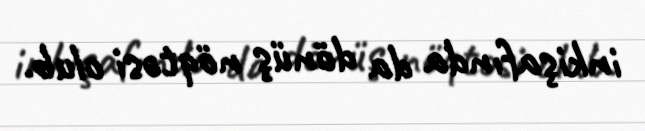
inkişafında da dönüş nöqtəsi olub.